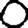
Digit: 0